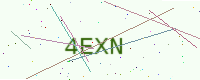
Text: 4EXN